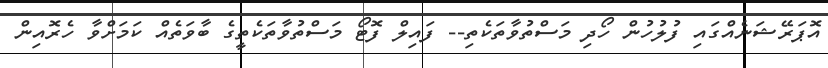
އޮޕަރޭޝަނެއްގައި ފުލުހުން ހޯދި މަސްތުވާތަކެތި-- ފައިލް ފޮޓޯ މަސްތުވާތަކެތީގެ ބާވަތެއް ކަމަށްވާ ހެރޮއިން